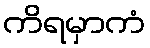
ကိရမှာကံ